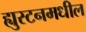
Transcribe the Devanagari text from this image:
ह्युस्टनमधील